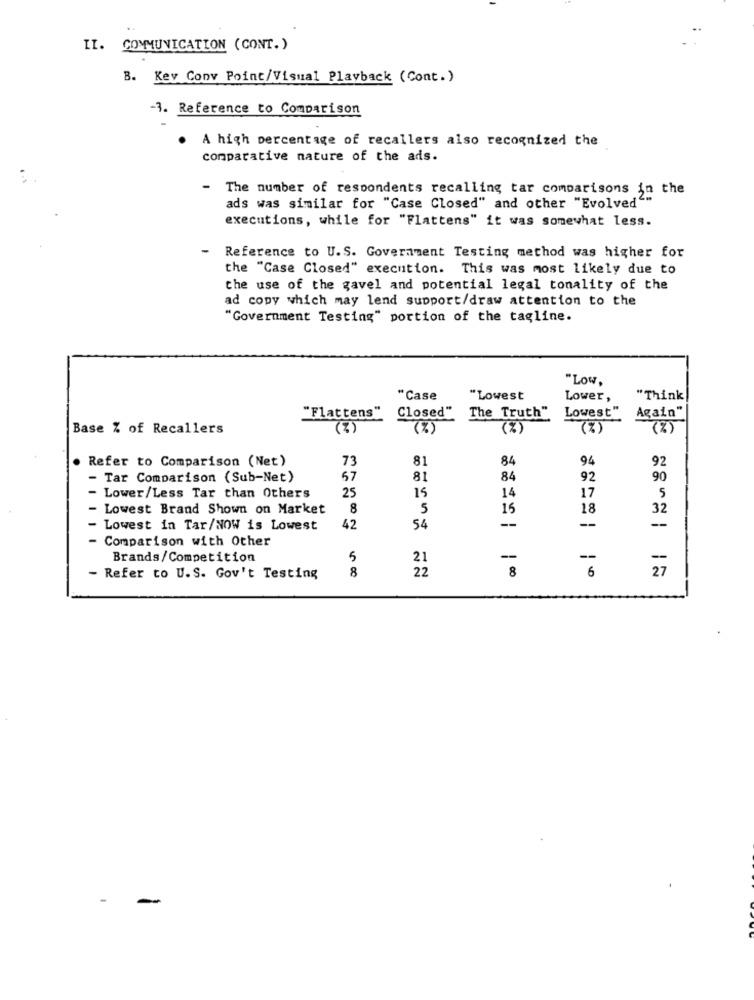
II. COMMUNICATION (CONT.)
B. Kev Conv Point/Visual Playback (Cont.)
-3. Reference to Comparison
A high percentage of recallers also recognized the
comparative nature of the ads.
-
The number of respondents recalling tar comparisons in the
ads was similar for "Case Closed" and other "Evolved"
executions, while for "Flattens" it was somewhat less.
-
Reference to U.S. Government Testing method was higher for
the "Case Closed" execution. This was most likely due to
the use of the gavel and potential legal tonality of the
ad copy which may lend support/draw attention to the
"Government Testing" portion of the tagline.
"Low.
"Case
"Lowest
Lower,
"Think
Again"
"Flattens"
Closed"
The Truth"
Lowest"
Base % of Recallers
(2)
(%)
(%)
(%)
(%)
. Refer to Comparison (Net)
73
81
84
94
92
- Tar Comparison (Sub-Net)
67
81
84
92
90
25
15
17
- Lower/Less Tar than Others
14
5
Lowest Brand Shown on Market
8
5
15
18
32
--
--
Lowest in Tar/NOW is Lowest
42
54
-
- Comparison with Other
Brands/Competition
5
21
-
-
8
22
8
Refer to U.S. Gov't Testing